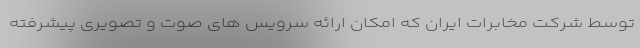
توسط شرکت مخابرات ایران که امکان ارائه سرویس های صوت و تصویری پیشرفته